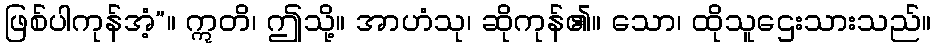
ဖြစ်ပါကုန်အံ့”။ ဣတိ၊ ဤသို့။ အာဟံသု၊ ဆိုကုန်၏။ သော၊ ထိုသူဌေးသားသည်။